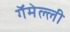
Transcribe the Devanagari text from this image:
गॅमेल्ली